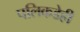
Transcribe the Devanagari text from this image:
पलिकडेही